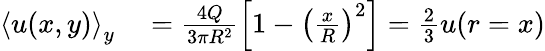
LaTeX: \begin{array}{rl}{\left<u(x,y)\right>_{y}}&{{}=\frac{4Q}{3\pi R^{2}}\left[1-\left(\frac{x}{R}\right)^{2}\right]=\frac{2}{3}u(r=x)}\end{array}